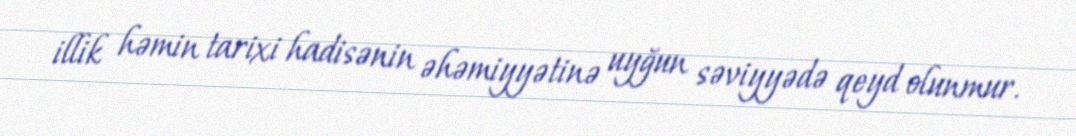
illik həmin tarixi hadisənin əhəmiyyətinə uyğun səviyyədə qeyd olunmur.